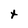
Character: t